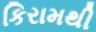
કિરામથી